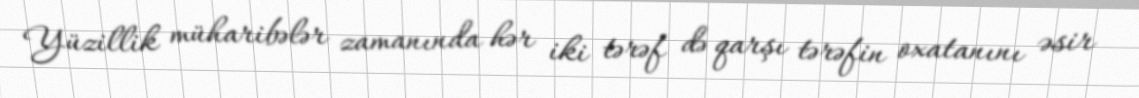
Yüzillik müharibələr zamanında hər iki tərəf də qarşı tərəfin oxatanını əsir